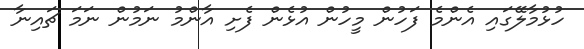
ހުޅުމާލޭގައި އެންމެ ފަހުން މީހުން އުޅެން ފެށި އާންމު ނަމުން ނަމަ ޗައިނާ